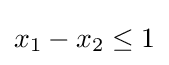
x_{1}-x_{2}\leq 1